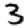
Digit: 3